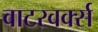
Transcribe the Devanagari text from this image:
वाटरवर्क्स